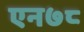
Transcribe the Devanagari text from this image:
एन७८